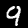
Digit: 9